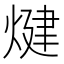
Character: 煡